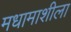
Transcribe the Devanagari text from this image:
मधामाशीला